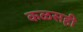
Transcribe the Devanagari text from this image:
कळसही